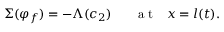
\Sigma ( \varphi _ { f } ) = - \Lambda ( c _ { 2 } ) ~ ~ ~ ~ ~ \mathrm { ~ a ~ t ~ } ~ ~ x = l ( t ) .